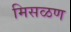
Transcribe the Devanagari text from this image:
मिसळण